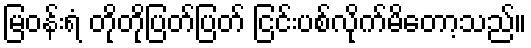
မြဝန်းရံ တိုတိုပြတ်ပြတ် ငြင်းပစ်လိုက်မိတော့သည်။